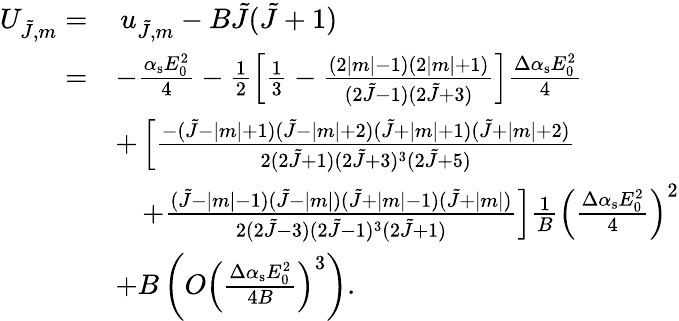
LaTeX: \begin{array}{rl}{U_{\tilde{J},m}=}&{\, u_{\tilde{J},m}-B\tilde{J}(\tilde{J}+1)}\\ {=}&{-\frac{\alpha_{\mathrm{s}}E_{0}^{2}}{4}-\frac 12\left[\frac 13-\frac{(2|m|-1)(2|m|+1)}{(2\tilde{J}-1)(2\tilde{J}+3)}\right]\frac{\Delta\alpha_{\mathrm{s}}E_{0}^{2}}{4}}\\ &{+\left[\frac{-(\tilde{J}-|m|+1)(\tilde{J}-|m|+2)(\tilde{J}+|m|+1)(\tilde{J}+|m|+2)}{2(2\tilde{J}+1)(2\tilde{J}+3)^{3}(2\tilde{J}+5)}\right.}\\ &{\hphantom{+}\left.+\frac{(\tilde{J}-|m|-1)(\tilde{J}-|m|)(\tilde{J}+|m|-1)(\tilde{J}+|m|)}{2(2\tilde{J}-3)(2\tilde{J}-1)^{3}(2\tilde{J}+1)}\right]\frac{1}{B}\left(\frac{\Delta\alpha_{\mathrm{s}}E_{0}^{2}}{4}\right)^{2}}\\ &{+B\left(O\left(\frac{\Delta\alpha_{\mathrm{s}}E_{0}^{2}}{4B}\right)^{3}\right).}\end{array}